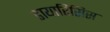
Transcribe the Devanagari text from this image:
डायारिसिस